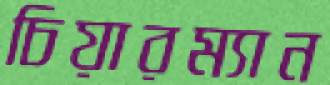
চিয়ারম্যান